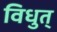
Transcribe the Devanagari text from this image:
विधुत्